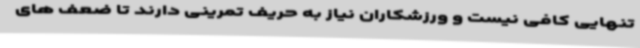
تنهایی کافی نیست و ورزشکاران نیاز به حریف تمرینی دارند تا ضعف های